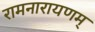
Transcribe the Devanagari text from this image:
रामनारायणम्